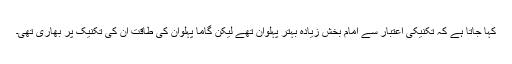
کہا جاتا ہے کہ تکنیکی اعتبار سے امام بخش زیادہ بہتر پہلوان تھے لیکن گاما پہلوان کی طاقت ان کی تکنیک پر بھاری تھی۔